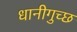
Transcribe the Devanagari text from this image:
धानीगुच्छ